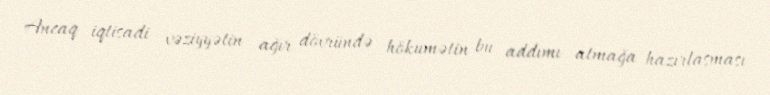
Ancaq iqtisadi vəziyyətin ağır dövründə hökumətin bu addımı atmağa hazırlaşması